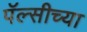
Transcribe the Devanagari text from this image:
पॅल्सीच्या